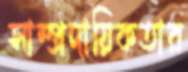
সাম্প্রদায়িকতার